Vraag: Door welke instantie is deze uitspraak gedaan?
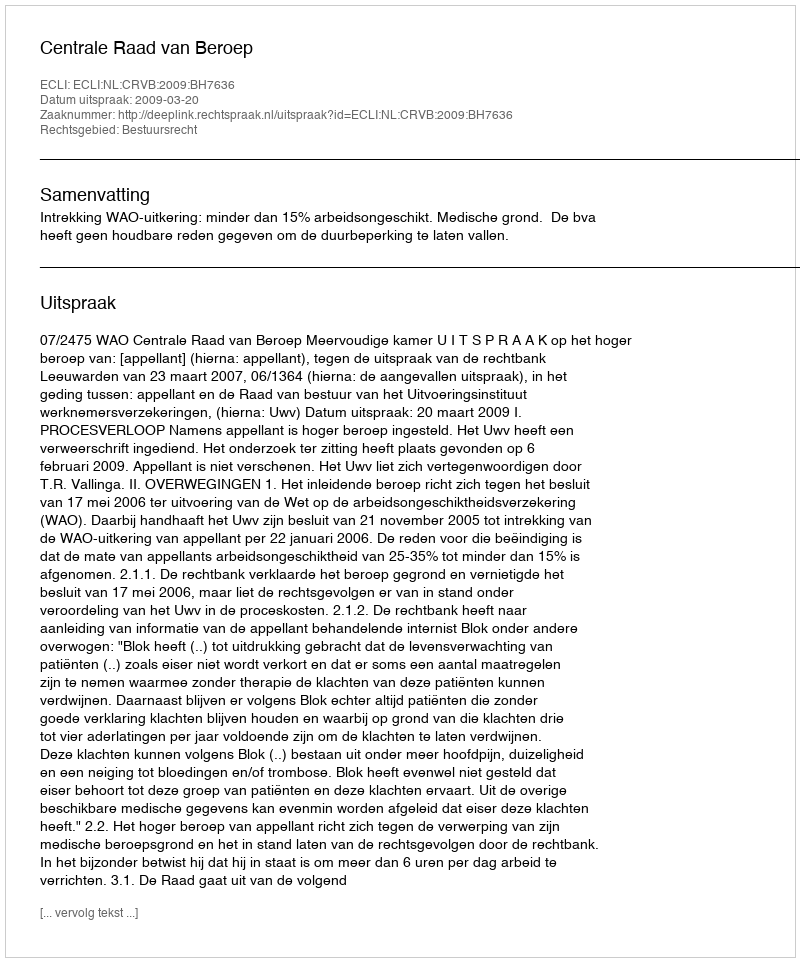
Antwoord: Centrale Raad van Beroep